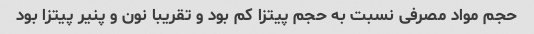
حجم مواد مصرفی نسبت به حجم پیتزا کم بود و تقریبا نون و پنیر پیتزا بود